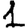
Digit: 1